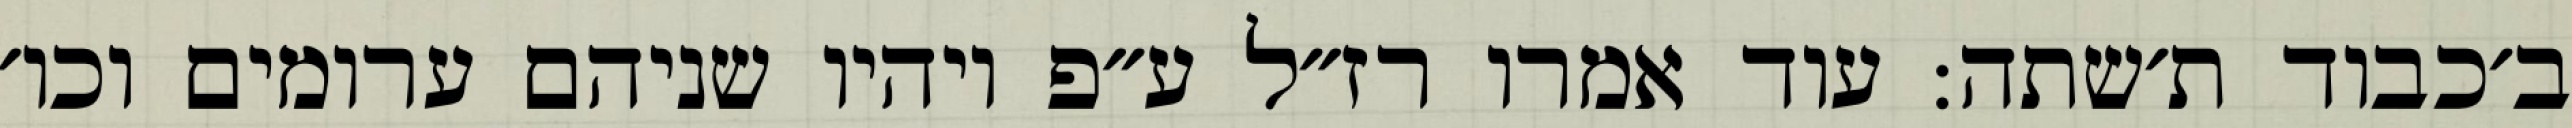
ב׳כבוד ת׳שתה: עוד אמרו רז״ל ע״פ ויהיו שניהם ערומים וכו׳